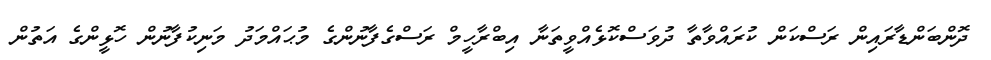
ދޮންބަންޑާރައިން ރަސްކަން ކުރައްވާތާ ދުވަސްކޮޅެއްވީތަނާ އިބްރާހީމް ރަސްގެފާނުންގެ މުޙައްމަދު މަނިކުފާނުން ހޮޅީންގެ އަތުން